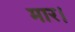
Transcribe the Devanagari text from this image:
मार।